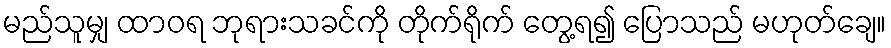
မည်သူမျှ ထာဝရ ဘုရားသခင်ကို တိုက်ရိုက် တွေ့ရ၍ ပြောသည် မဟုတ်ချေ။